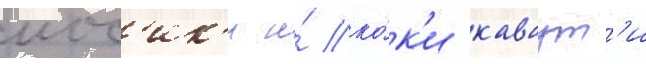
иос'ик'и и́ ко́к'и каваут'и